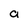
Character: a